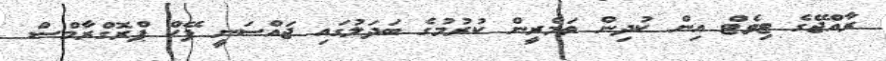
ރާއްޖޭގެ ޓިވެޓް އިން ކުދިން ތަމްރީން ކުރުމުގެ ބަދަލުގައި ޖައްސަނީ ފޭކް ޕްރޮގްރާމްސް